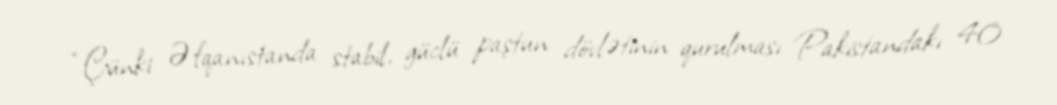
“Çünki Əfqanıstanda stabil, güclü paştun dövlətinin qurulması Pakistandakı 40